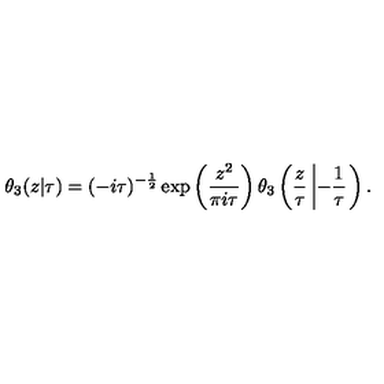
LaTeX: \theta _ { 3 } ( z | \tau ) = ( - i \tau ) ^ { - { \frac { 1 } { 2 } } } \exp \left( { \frac { z ^ { 2 } } { \pi i \tau } } \right) \theta _ { 3 } \left( { \frac { z } { \tau } } \left| - { \frac { 1 } { \tau } } \right. \right) .